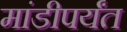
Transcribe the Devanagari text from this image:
मांडीपर्यंत